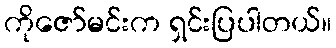
ကိုဇော်မင်းက ရှင်းပြပါတယ်။